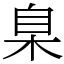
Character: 臬